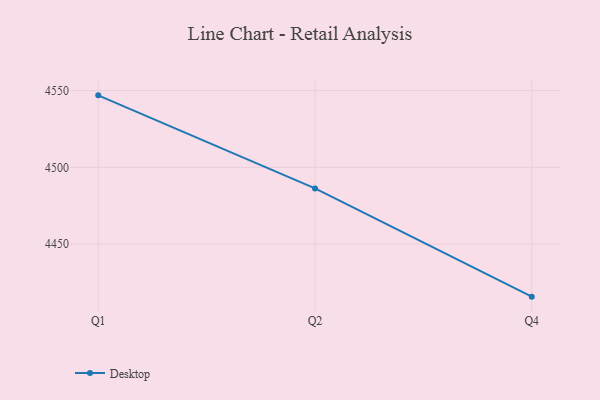
{"axis": {"x": "Quarter", "y": "Production Output"}, "legend": ["Desktop"], "data": [{"x": "Q1", "y": 4546.9, "type": "Desktop"}, {"x": "Q2", "y": 4486.3, "type": "Desktop"}, {"x": "Q4", "y": 4415.8, "type": "Desktop"}]}